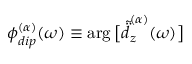
\phi _ { d i p } ^ { ( \alpha ) } ( \omega ) \equiv \arg \big [ \tilde { \ddot { d } } _ { z } ^ { ( \alpha ) } ( \omega ) \big ]